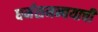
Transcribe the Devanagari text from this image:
धर्मसमन्वयाची